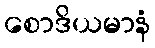
စောဒိယမာနံ